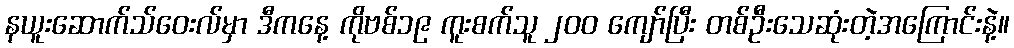
နယူးဆောက်သ်ဝေးလ်မှာ ဒီကနေ့ ကိုဗစ်၁၉ ကူးစက်သူ ၂၀၀ ကျော်ပြီး တစ်ဦးသေဆုံးတဲ့အကြောင်းနဲ့။